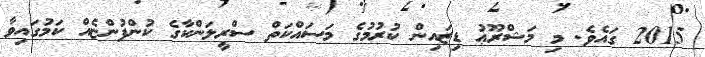
2015 ގައެވެ. މި މަޝްރޫޢު ޑިޒައިން ކުރުމުގެ މަސައްކަތް ސްރީލަންކާގެ ކުންފުންޏެއް ކަމުގައިވާ